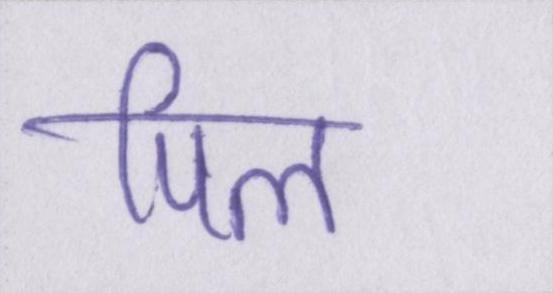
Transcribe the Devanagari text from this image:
पिल